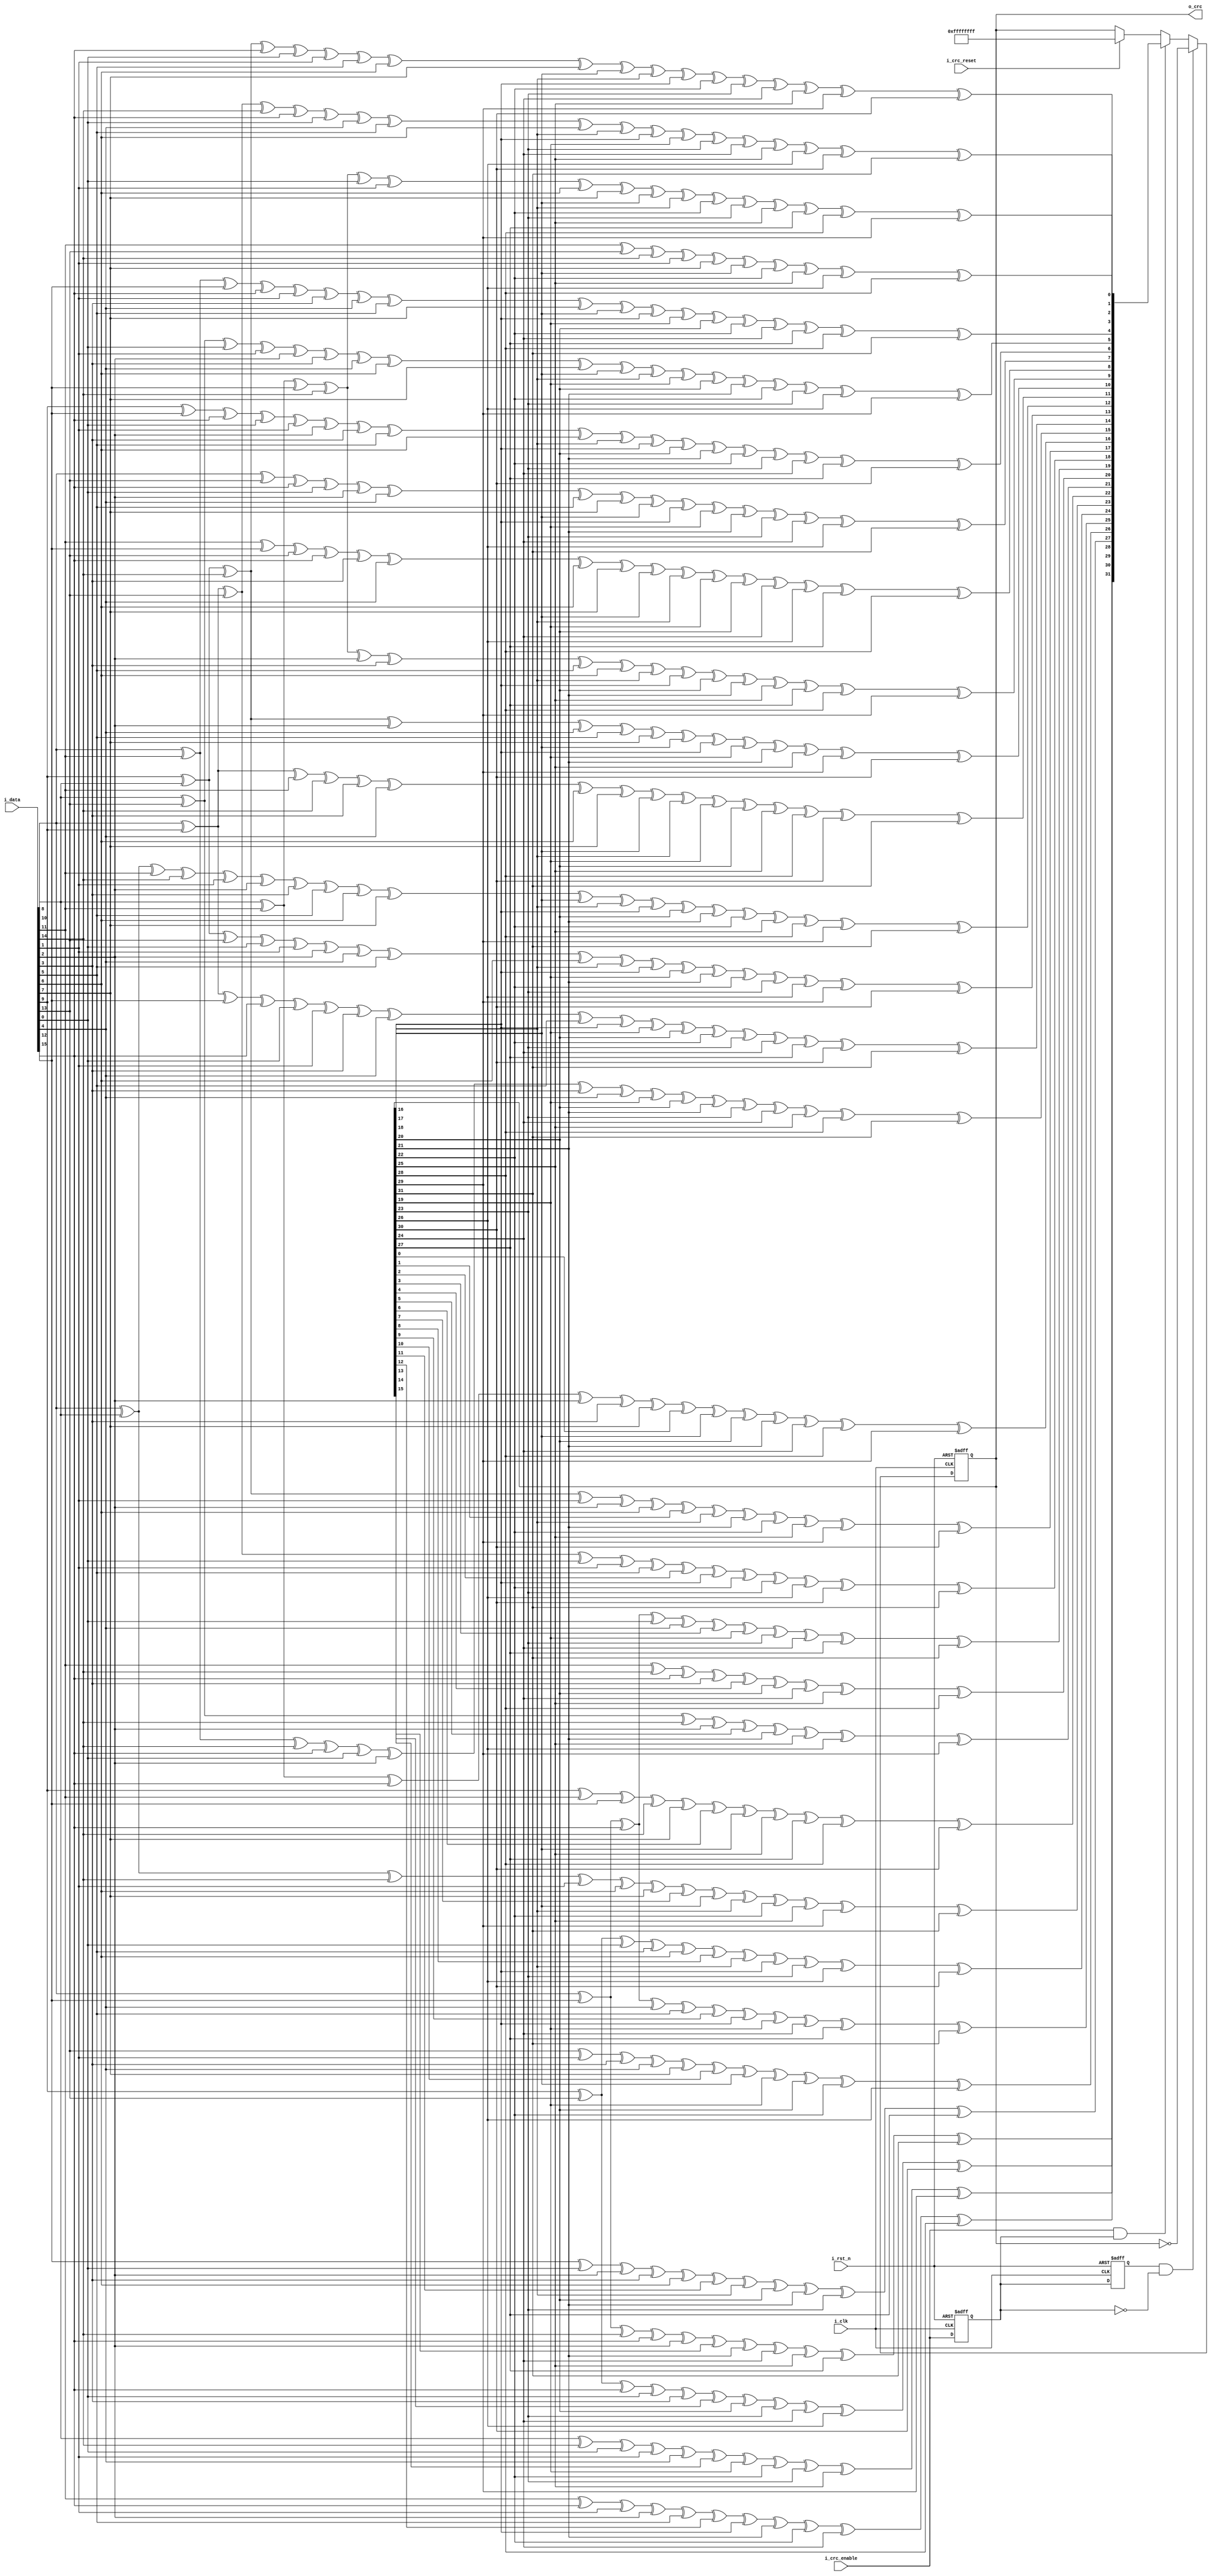
module ethmac_add_crc_B(
		 input wire i_clk, 
		 input wire i_rst_n,
		 input wire i_crc_reset, 
		 input wire [15:0] i_data, 
		 input wire i_crc_enable, 
		 output reg [31:0] o_crc 
);

reg crc_enable_1clk, crc_enable_2clk;

wire [31:0] NewCRC;

wire [15:0] D;
wire [31:0] C;

wire [7:0] CRC_dataH;
wire [7:0] CRC_dataL;
assign CRC_dataH = {i_data[8],i_data[9],i_data[10],i_data[11],i_data[12],i_data[13],i_data[14],i_data[15]};
assign CRC_dataL = {i_data[0],i_data[1],i_data[2],i_data[3],i_data[4],i_data[5],i_data[6],i_data[7]};

/*********************************************************
call the CRC calculation function to calculate the CRC value 
of the package received, the initial value of CRC must be 32 bits "1"
**********************************************************/ 

always @ (posedge i_clk , negedge i_rst_n)
begin
    if (!i_rst_n)
    begin
        crc_enable_1clk <= 1'b0;
		  crc_enable_2clk <= 1'b0;
    end
    else 
    begin
        crc_enable_1clk <= i_crc_enable;
		  crc_enable_2clk <= crc_enable_1clk;
    end
end




always @ (posedge i_clk , negedge i_rst_n)
begin
    if (!i_rst_n)
    begin
        o_crc <= 32'hffffffff;
    end
	 else if(crc_enable_2clk && !crc_enable_1clk)
	 begin
		  o_crc = ~o_crc;
	 end
    else if(i_crc_enable && crc_enable_1clk)
	 begin
        o_crc <= NewCRC;
	 end
    else if (i_crc_reset)
    begin
        o_crc <= 32'hffffffff;
    end
end


assign    D = {CRC_dataH, CRC_dataL};
assign    C = o_crc;

assign    NewCRC[0] = D[12] ^ D[10] ^ D[9] ^ D[6] ^ D[0] ^ C[16] ^ C[22] ^ 
                C[25] ^ C[26] ^ C[28];
assign    NewCRC[1] = D[13] ^ D[12] ^ D[11] ^ D[9] ^ D[7] ^ D[6] ^ D[1] ^ 
                D[0] ^ C[16] ^ C[17] ^ C[22] ^ C[23] ^ C[25] ^ C[27] ^ 
                C[28] ^ C[29];
assign    NewCRC[2] = D[14] ^ D[13] ^ D[9] ^ D[8] ^ D[7] ^ D[6] ^ D[2] ^ 
                D[1] ^ D[0] ^ C[16] ^ C[17] ^ C[18] ^ C[22] ^ C[23] ^ 
                C[24] ^ C[25] ^ C[29] ^ C[30];
assign    NewCRC[3] = D[15] ^ D[14] ^ D[10] ^ D[9] ^ D[8] ^ D[7] ^ D[3] ^ 
                D[2] ^ D[1] ^ C[17] ^ C[18] ^ C[19] ^ C[23] ^ C[24] ^ 
                C[25] ^ C[26] ^ C[30] ^ C[31];
assign    NewCRC[4] = D[15] ^ D[12] ^ D[11] ^ D[8] ^ D[6] ^ D[4] ^ D[3] ^ 
                D[2] ^ D[0] ^ C[16] ^ C[18] ^ C[19] ^ C[20] ^ C[22] ^ 
                C[24] ^ C[27] ^ C[28] ^ C[31];
assign    NewCRC[5] = D[13] ^ D[10] ^ D[7] ^ D[6] ^ D[5] ^ D[4] ^ D[3] ^ 
                D[1] ^ D[0] ^ C[16] ^ C[17] ^ C[19] ^ C[20] ^ C[21] ^ 
                C[22] ^ C[23] ^ C[26] ^ C[29];
assign    NewCRC[6] = D[14] ^ D[11] ^ D[8] ^ D[7] ^ D[6] ^ D[5] ^ D[4] ^ 
                D[2] ^ D[1] ^ C[17] ^ C[18] ^ C[20] ^ C[21] ^ C[22] ^ 
                C[23] ^ C[24] ^ C[27] ^ C[30];
assign    NewCRC[7] = D[15] ^ D[10] ^ D[8] ^ D[7] ^ D[5] ^ D[3] ^ D[2] ^ 
                D[0] ^ C[16] ^ C[18] ^ C[19] ^ C[21] ^ C[23] ^ C[24] ^ 
                C[26] ^ C[31];
assign    NewCRC[8] = D[12] ^ D[11] ^ D[10] ^ D[8] ^ D[4] ^ D[3] ^ D[1] ^ 
                D[0] ^ C[16] ^ C[17] ^ C[19] ^ C[20] ^ C[24] ^ C[26] ^ 
                C[27] ^ C[28];
assign    NewCRC[9] = D[13] ^ D[12] ^ D[11] ^ D[9] ^ D[5] ^ D[4] ^ D[2] ^ 
                D[1] ^ C[17] ^ C[18] ^ C[20] ^ C[21] ^ C[25] ^ C[27] ^ 
                C[28] ^ C[29];
assign    NewCRC[10] = D[14] ^ D[13] ^ D[9] ^ D[5] ^ D[3] ^ D[2] ^ D[0] ^ 
                 C[16] ^ C[18] ^ C[19] ^ C[21] ^ C[25] ^ C[29] ^ C[30];
assign    NewCRC[11] = D[15] ^ D[14] ^ D[12] ^ D[9] ^ D[4] ^ D[3] ^ D[1] ^ 
                 D[0] ^ C[16] ^ C[17] ^ C[19] ^ C[20] ^ C[25] ^ C[28] ^ 
                 C[30] ^ C[31];
assign    NewCRC[12] = D[15] ^ D[13] ^ D[12] ^ D[9] ^ D[6] ^ D[5] ^ D[4] ^ 
                 D[2] ^ D[1] ^ D[0] ^ C[16] ^ C[17] ^ C[18] ^ C[20] ^ 
                 C[21] ^ C[22] ^ C[25] ^ C[28] ^ C[29] ^ C[31];
assign    NewCRC[13] = D[14] ^ D[13] ^ D[10] ^ D[7] ^ D[6] ^ D[5] ^ D[3] ^ 
                 D[2] ^ D[1] ^ C[17] ^ C[18] ^ C[19] ^ C[21] ^ C[22] ^ 
                 C[23] ^ C[26] ^ C[29] ^ C[30];
assign    NewCRC[14] = D[15] ^ D[14] ^ D[11] ^ D[8] ^ D[7] ^ D[6] ^ D[4] ^ 
                 D[3] ^ D[2] ^ C[18] ^ C[19] ^ C[20] ^ C[22] ^ C[23] ^ 
                 C[24] ^ C[27] ^ C[30] ^ C[31];
assign    NewCRC[15] = D[15] ^ D[12] ^ D[9] ^ D[8] ^ D[7] ^ D[5] ^ D[4] ^ 
                 D[3] ^ C[19] ^ C[20] ^ C[21] ^ C[23] ^ C[24] ^ C[25] ^ 
                 C[28] ^ C[31];
assign    NewCRC[16] = D[13] ^ D[12] ^ D[8] ^ D[5] ^ D[4] ^ D[0] ^ C[0] ^ 
                 C[16] ^ C[20] ^ C[21] ^ C[24] ^ C[28] ^ C[29];
assign    NewCRC[17] = D[14] ^ D[13] ^ D[9] ^ D[6] ^ D[5] ^ D[1] ^ C[1] ^ 
                 C[17] ^ C[21] ^ C[22] ^ C[25] ^ C[29] ^ C[30];
assign    NewCRC[18] = D[15] ^ D[14] ^ D[10] ^ D[7] ^ D[6] ^ D[2] ^ C[2] ^ 
                 C[18] ^ C[22] ^ C[23] ^ C[26] ^ C[30] ^ C[31];
assign    NewCRC[19] = D[15] ^ D[11] ^ D[8] ^ D[7] ^ D[3] ^ C[3] ^ C[19] ^ 
                 C[23] ^ C[24] ^ C[27] ^ C[31];
assign    NewCRC[20] = D[12] ^ D[9] ^ D[8] ^ D[4] ^ C[4] ^ C[20] ^ C[24] ^ 
                 C[25] ^ C[28];
assign    NewCRC[21] = D[13] ^ D[10] ^ D[9] ^ D[5] ^ C[5] ^ C[21] ^ C[25] ^ 
                 C[26] ^ C[29];
assign    NewCRC[22] = D[14] ^ D[12] ^ D[11] ^ D[9] ^ D[0] ^ C[6] ^ C[16] ^ 
                 C[25] ^ C[27] ^ C[28] ^ C[30];
assign    NewCRC[23] = D[15] ^ D[13] ^ D[9] ^ D[6] ^ D[1] ^ D[0] ^ C[7] ^ 
                 C[16] ^ C[17] ^ C[22] ^ C[25] ^ C[29] ^ C[31];
assign    NewCRC[24] = D[14] ^ D[10] ^ D[7] ^ D[2] ^ D[1] ^ C[8] ^ C[17] ^ 
                 C[18] ^ C[23] ^ C[26] ^ C[30];
assign    NewCRC[25] = D[15] ^ D[11] ^ D[8] ^ D[3] ^ D[2] ^ C[9] ^ C[18] ^ 
                 C[19] ^ C[24] ^ C[27] ^ C[31];
assign    NewCRC[26] = D[10] ^ D[6] ^ D[4] ^ D[3] ^ D[0] ^ C[10] ^ C[16] ^ 
                 C[19] ^ C[20] ^ C[22] ^ C[26];
assign    NewCRC[27] = D[11] ^ D[7] ^ D[5] ^ D[4] ^ D[1] ^ C[11] ^ C[17] ^ 
                 C[20] ^ C[21] ^ C[23] ^ C[27];
assign    NewCRC[28] = D[12] ^ D[8] ^ D[6] ^ D[5] ^ D[2] ^ C[12] ^ C[18] ^ 
                 C[21] ^ C[22] ^ C[24] ^ C[28];
assign    NewCRC[29] = D[13] ^ D[9] ^ D[7] ^ D[6] ^ D[3] ^ C[13] ^ C[19] ^ 
                 C[22] ^ C[23] ^ C[25] ^ C[29];
assign    NewCRC[30] = D[14] ^ D[10] ^ D[8] ^ D[7] ^ D[4] ^ C[14] ^ C[20] ^ 
                 C[23] ^ C[24] ^ C[26] ^ C[30];
assign    NewCRC[31] = D[15] ^ D[11] ^ D[9] ^ D[8] ^ D[5] ^ C[15] ^ C[21] ^ 
                 C[24] ^ C[25] ^ C[27] ^ C[31];

endmodule